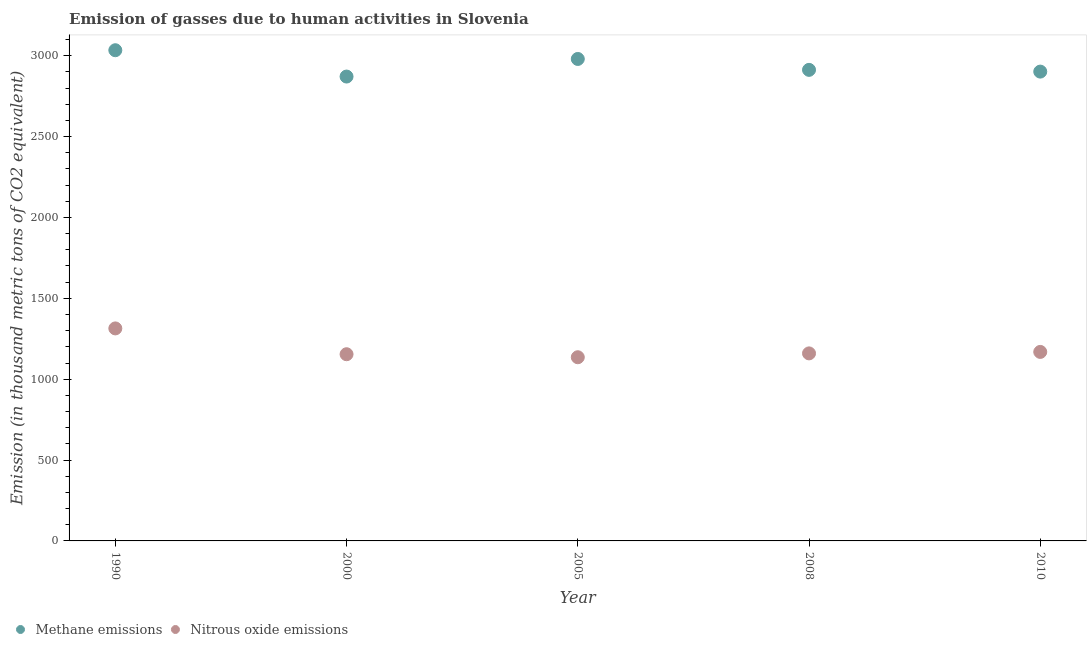
| Year | Methane emissions | Nitrous oxide emissions |
 | --- | --- | --- |
 | 1990 | 3.03e+03 | 1.31e+03 |
 | 2000 | 2.87e+03 | 1.15e+03 |
 | 2005 | 2.98e+03 | 1.14e+03 |
 | 2008 | 2.91e+03 | 1.16e+03 |
 | 2010 | 2.9e+03 | 1.17e+03 |